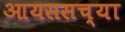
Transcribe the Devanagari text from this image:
आयससच्या